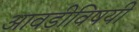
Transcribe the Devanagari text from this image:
आवडीविषयी